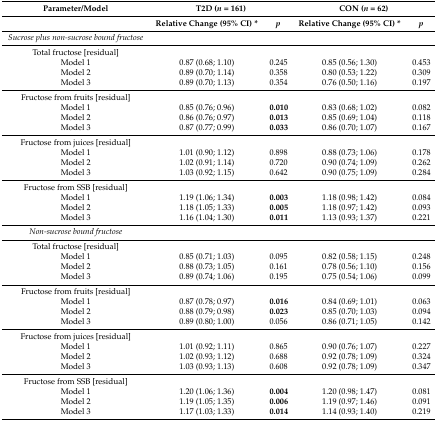
<table><thead><tr><td><b>Parameter/Model</b></td><td colspan="2"><b>T2D (<i>n</i> = 161)</b></td><td colspan="2"><b>CON (<i>n</i> = 62)</b></td></tr><tr><td></td><td><b>Relative Change (95% CI) *</b></td><td><b><i>p</i></b></td><td><b>Relative Change (95% CI) *</b></td><td><b><i>p</i></b></td></tr></thead><tbody><tr><td><i>Sucrose plus non-sucrose bound fructose</i></td><td></td><td></td><td></td><td></td></tr><tr><td>Total fructose [residual]</td><td></td><td></td><td></td><td></td></tr><tr><td>Model 1</td><td>0.87 (0.68; 1.10)</td><td>0.245</td><td>0.85 (0.56; 1.30)</td><td>0.453</td></tr><tr><td>Model 2</td><td>0.89 (0.70; 1.14)</td><td>0.358</td><td>0.80 (0.53; 1.22)</td><td>0.309</td></tr><tr><td>Model 3</td><td>0.89 (0.70; 1.13)</td><td>0.354</td><td>0.76 (0.50; 1.16)</td><td>0.197</td></tr><tr><td>Fructose from fruits [residual]</td><td></td><td></td><td></td><td></td></tr><tr><td>Model 1</td><td>0.85 (0.76; 0.96)</td><td><b>0.010</b></td><td>0.83 (0.68; 1.02)</td><td>0.082</td></tr><tr><td>Model 2</td><td>0.86 (0.76; 0.97)</td><td><b>0.013</b></td><td>0.85 (0.69; 1.04)</td><td>0.118</td></tr><tr><td>Model 3</td><td>0.87 (0.77; 0.99)</td><td><b>0.033</b></td><td>0.86 (0.70; 1.07)</td><td>0.167</td></tr><tr><td>Fructose from juices [residual]</td><td></td><td></td><td></td><td></td></tr><tr><td>Model 1</td><td>1.01 (0.90; 1.12)</td><td>0.898</td><td>0.88 (0.73; 1.06)</td><td>0.178</td></tr><tr><td>Model 2</td><td>1.02 (0.91; 1.14)</td><td>0.720</td><td>0.90 (0.74; 1.09)</td><td>0.262</td></tr><tr><td>Model 3</td><td>1.03 (0.92; 1.15)</td><td>0.642</td><td>0.90 (0.75; 1.09)</td><td>0.284</td></tr><tr><td>Fructose from SSB [residual]</td><td></td><td></td><td></td><td></td></tr><tr><td>Model 1</td><td>1.19 (1.06; 1.34)</td><td><b>0.003</b></td><td>1.18 (0.98; 1.42)</td><td>0.084</td></tr><tr><td>Model 2</td><td>1.18 (1.05; 1.33)</td><td><b>0.005</b></td><td>1.18 (0.97; 1.42)</td><td>0.093</td></tr><tr><td>Model 3</td><td>1.16 (1.04; 1.30)</td><td><b>0.011</b></td><td>1.13 (0.93; 1.37)</td><td>0.221</td></tr><tr><td><i>Non-sucrose bound fructose</i></td><td></td><td></td><td></td><td></td></tr><tr><td>Total fructose [residual]</td><td></td><td></td><td></td><td></td></tr><tr><td>Model 1</td><td>0.85 (0.71; 1.03)</td><td>0.095</td><td>0.82 (0.58; 1.15)</td><td>0.248</td></tr><tr><td>Model 2</td><td>0.88 (0.73; 1.05)</td><td>0.161</td><td>0.78 (0.56; 1.10)</td><td>0.156</td></tr><tr><td>Model 3</td><td>0.89 (0.74; 1.06)</td><td>0.195</td><td>0.75 (0.54; 1.06)</td><td>0.099</td></tr><tr><td>Fructose from fruits [residual]</td><td></td><td></td><td></td><td></td></tr><tr><td>Model 1</td><td>0.87 (0.78; 0.97)</td><td><b>0.016</b></td><td>0.84 (0.69; 1.01)</td><td>0.063</td></tr><tr><td>Model 2</td><td>0.88 (0.79; 0.98)</td><td><b>0.023</b></td><td>0.85 (0.70; 1.03)</td><td>0.094</td></tr><tr><td>Model 3</td><td>0.89 (0.80; 1.00)</td><td>0.056</td><td>0.86 (0.71; 1.05)</td><td>0.142</td></tr><tr><td>Fructose from juices [residual]</td><td></td><td></td><td></td><td></td></tr><tr><td>Model 1</td><td>1.01 (0.92; 1.11)</td><td>0.865</td><td>0.90 (0.76; 1.07)</td><td>0.227</td></tr><tr><td>Model 2</td><td>1.02 (0.93; 1.12)</td><td>0.688</td><td>0.92 (0.78; 1.09)</td><td>0.324</td></tr><tr><td>Model 3</td><td>1.03 (0.93; 1.13)</td><td>0.608</td><td>0.92 (0.78; 1.09)</td><td>0.347</td></tr><tr><td>Fructose from SSB [residual]</td><td></td><td></td><td></td><td></td></tr><tr><td>Model 1</td><td>1.20 (1.06; 1.36)</td><td><b>0.004</b></td><td>1.20 (0.98; 1.47)</td><td>0.081</td></tr><tr><td>Model 2</td><td>1.19 (1.05; 1.35)</td><td><b>0.006</b></td><td>1.19 (0.97; 1.46)</td><td>0.091</td></tr><tr><td>Model 3</td><td>1.17 (1.03; 1.33)</td><td><b>0.014</b></td><td>1.14 (0.93; 1.40)</td><td>0.219</td></tr></tbody></table>